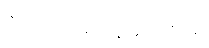
ဇင် ဘာမျှပြန်မပြောမိ။